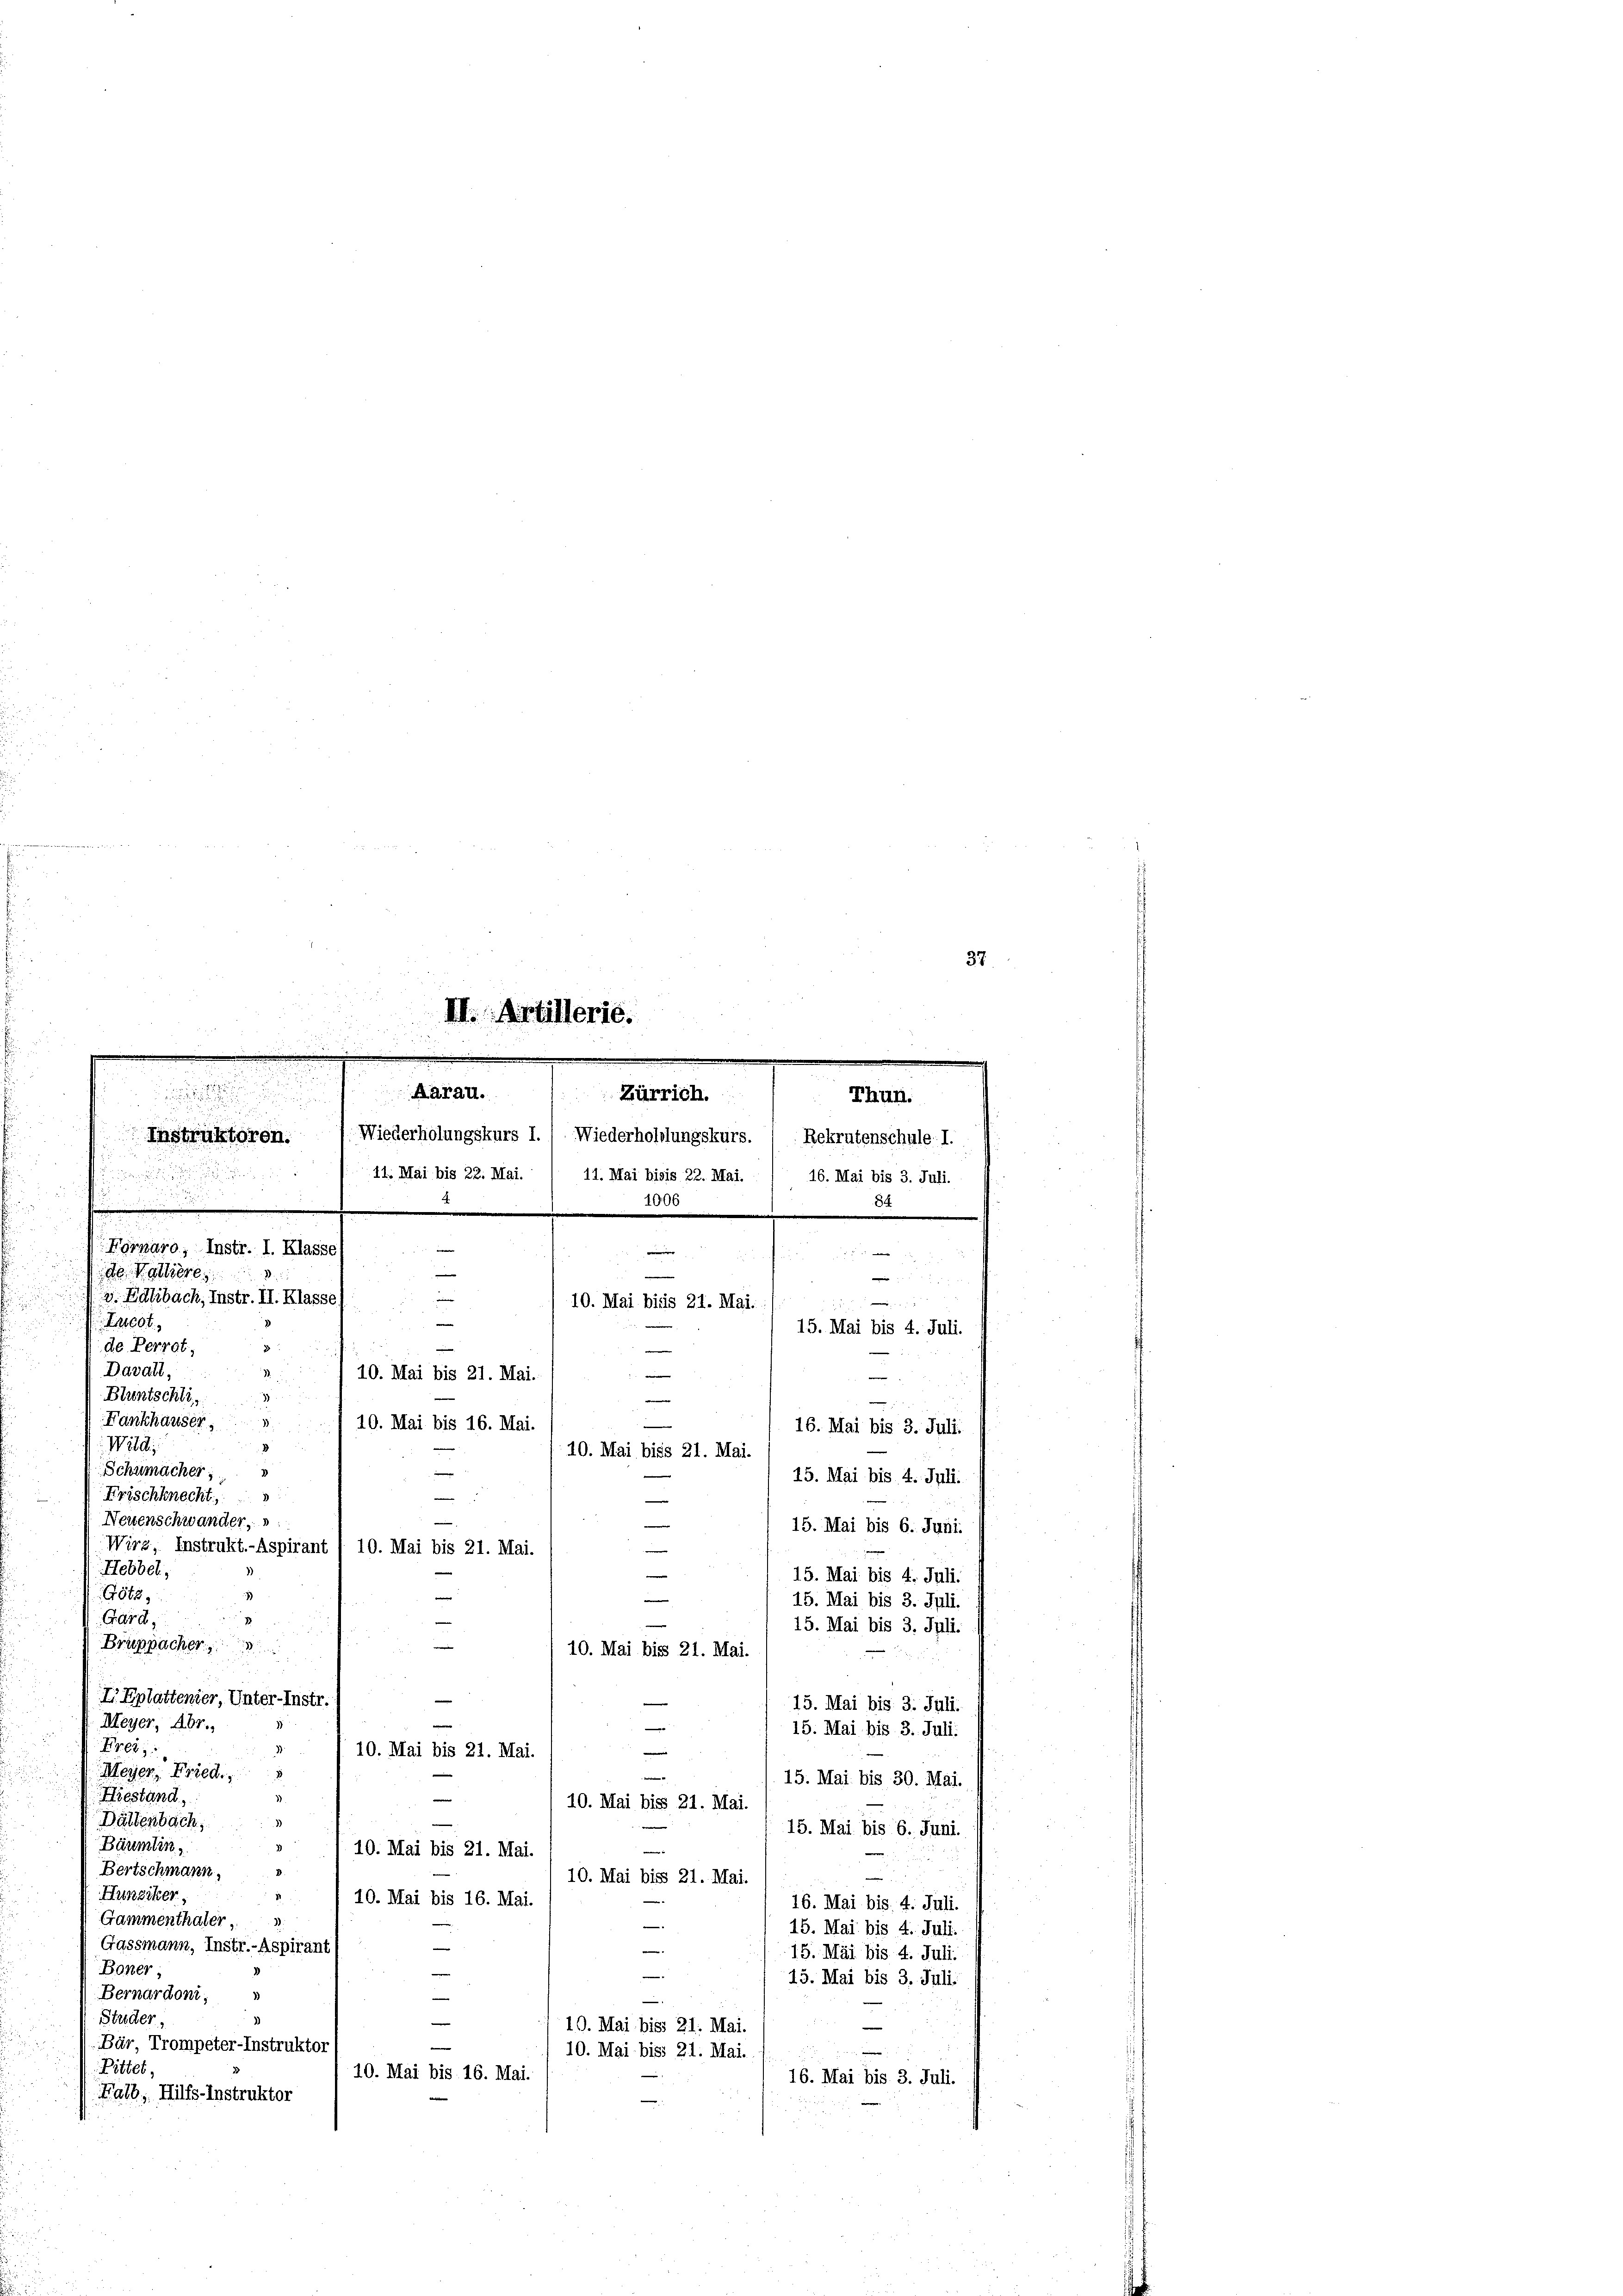
Fornaro, Instr. I. Klasse
de. Kottiere
. Edtbach, Instr. II. Klass
0t,
e
de Perret,
e
3
Davall,
. F
10. Mai bis 21. Mai.
e
Bluntschli,

Fankhauser
10. Mai bis 16. Mai.
Wild
10. Mai biss 21. Mai.
Schumacher

15. Mai bis 4. Juli.
Frischknecht
—
e
Neuenschwander,
15. Mai bis 6. Juni.
—
Wirz, Instrukt.-Aspirant / 10. Mai bis 21. Mai
Hebbel,

15. Mai bis 4. Juli.
Götz,
e
15. Mai bis 3. Juli
1
Gard
15. Mai bis 3. Juli.
—
Bruppacher
u
10. Mai bis 21. Mai
IEplattenier, Unter-Instr.
15. Mai bis 3. Juli.
Meyer, Abr.,
15. Mai bis 3. Juli:
Kreis
d
e
10. Mai bis 21. Mai.
Meyer, Fried.
e
15. Mai bis 30. Mai.
Liestand.
10. Mai bis 21. Mai.
3
Dällenbach,
15. Mai bis 6. Juni.
Bäumlin
1 10. Mai bis 21. Mai.
Bertschmann,
D.
e
10. Mai bis 21. Mai.
1
Hunziker,
10. Mai bis 16. Mai.
16. Mai bis 4. Juli.
Gammenthaler
15. Mai bis 4. Juli.
Gassmann, Instr.-Aspirant
e
e
15. Mai bis 4. Juli.
Boner;
—
e
15. Mai bis 3. Juli.
Bernardoni,
—
Studer.
10. Mai bis 21. Mai.
e
Bär, Trompeter-Instruktor
e
10. Mai biss 21. Mai.
Rittet,
10. Mai bis 16. Mai.
16. Mai bis 3. Juli.
Falb, Hilfs-Instruktor

e
II. Artillerie.
.
.

Aarau.

Zürrich.
Thun.
Wiederholungskurs I., Wiederhohlungskurs. (Rekrutenschule. I.
Instruktoren.

11. Mai bis 22. Mai. 1 11. Mai bisis 22. Mai. / 16. Mai bis 3. Juli.
1006
e
e
—
i
10. Mai bisis 21. Mai.

84

7
15. Mai bis 4. Juli.
e
e
16. Mai bis 3. Juli.

37